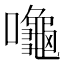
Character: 𪚩